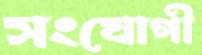
সংযোগী